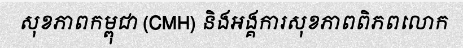
សុខភាពកម្ពុជា (CMH) និងអង្គការសុខភាពពិភពលោក